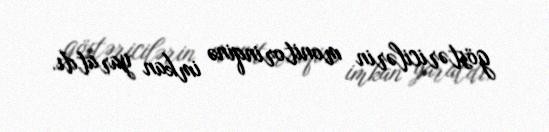
göstəricilərin monitorinqinə imkan yaratdı.